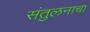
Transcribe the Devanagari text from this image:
संतुलनाचा